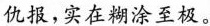
仇报，实在糊涂至极。